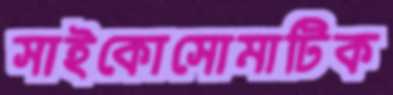
সাইকোসোমাটিক